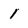
Character: 1